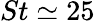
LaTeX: St\simeq 25